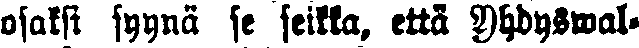
osaksi syynä se seikka, että Yhdyswal-